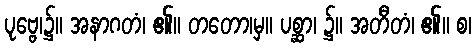
ပုဗ္ဗေ၊၌။ အနာဂတံ၊ ၏။ တတော၊မှ။ ပစ္ဆာ၊ ၌။ အတီတံ၊ ၏။ စ၊